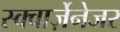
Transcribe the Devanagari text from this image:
स्क्वार्ज़ेनेजर